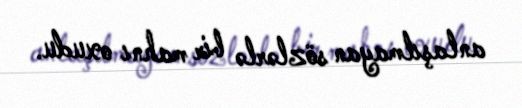
anlaşılmayan sözlərlə bir mahnı oxudu.